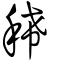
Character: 稀